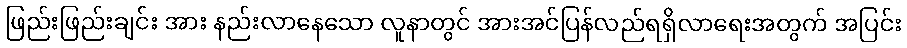
ဖြည်းဖြည်းချင်း အား နည်းလာနေသော လူနာတွင် အားအင်ပြန်လည်ရရှိလာရေးအတွက် အပြင်း